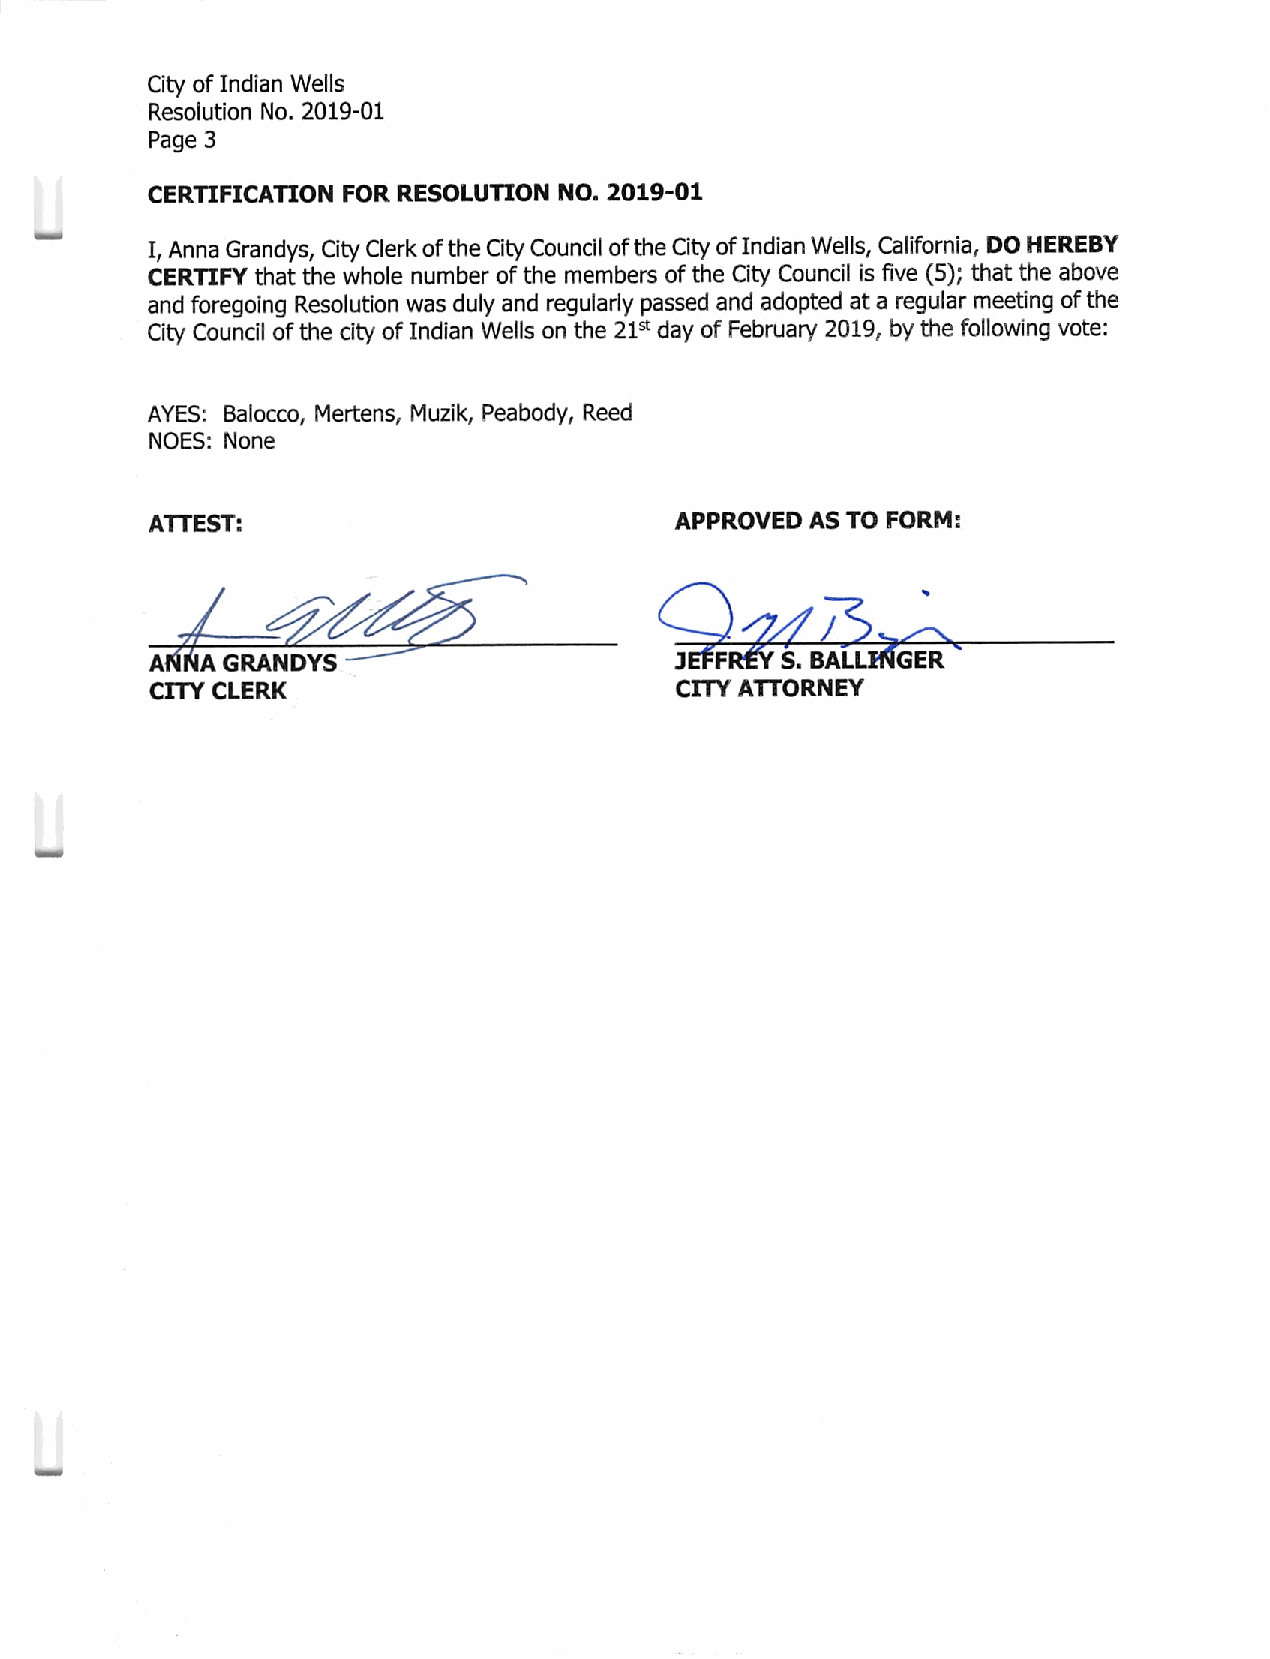
City of Indian Wells
 Resolution No. 2019-01
 Page 3
 CERTIFICATION FOR RESOLUTION NO. 2019-01
 I, Anna Grandys, City Clerk of the City Council of the City of Indian Wells, California, DO HEREBY
 CERTIFY that the whole number of the members of the City Council is five (5); that the above
 and foregoing Resolution was duly and regularly passed and adopted at a regular meeting of the
 City Council of the city of Indian Wells on the 21st day of February 2019, by the following vote:
 AYES: Balocco, Mertens, Muzik, Peabody, Reed
 NOES: None
 ATTEST:                            APPROVED AS TO FORM:
 CITY CLERK